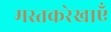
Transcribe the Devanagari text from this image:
मस्तकरेखाएँ